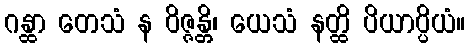
ဂန္ထာ တေသံ န ဝိဇ္ဇန္တိ၊ ယေသံ နတ္ထိ ပိယာပ္ပိယံ။